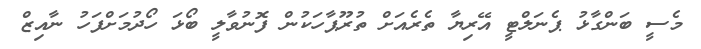
މެސީ ބަންގާޅު ޕެނަލްޓީ އޭރިޔާ ތެރެއަށް ތުރޫޕާހަކުން ފޮނުވާލީ ބޯޅަ ހޯދުމަށްފަހު ނާއިޒް